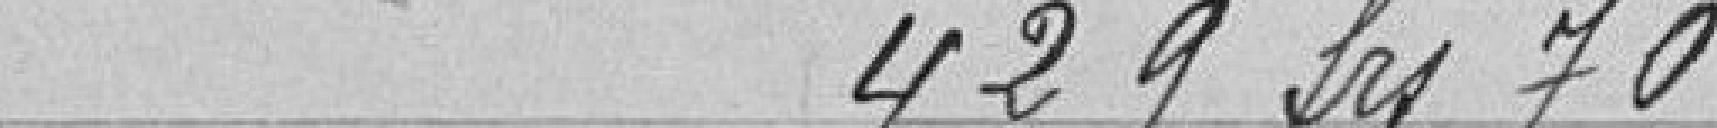
429 francs 70